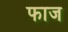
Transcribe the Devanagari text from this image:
फाज